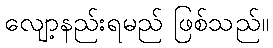
လျော့နည်းရမည် ဖြစ်သည်။